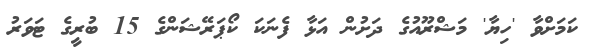
ކަމަށްވާ 'ހިޔާ' މަޝްރޫއުގެ ދަށުން އަޅާ ފެނަކަ ކޯޕަރޭޝަންގެ 15 ބުރީގެ ޓަވަރު